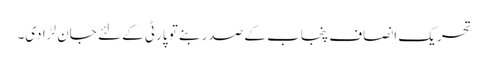
تحریک انصاف پنجاب کے صدر بنے تو پارٹی کے لئے جان لڑا دی۔